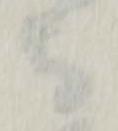
守